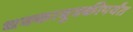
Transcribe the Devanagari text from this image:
धक्काबुक्कीपर्यंत